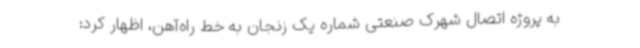
به پروژه اتصال شهرک صنعتی شماره یک زنجان به خط راه‌آهن، اظهار کرد: